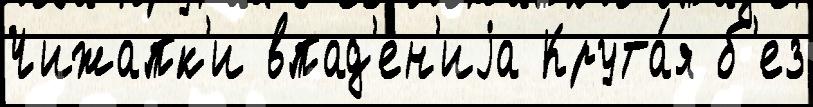
Чижапк'и впад'ен'иjа Крута́я б'ез